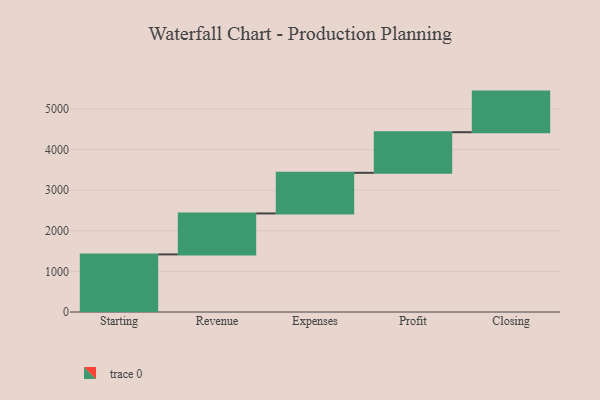
{"axis": {"x": "Step", "y": "Value"}, "legend": [""], "data": [{"x": "Starting", "y": 1418.0, "type": ""}, {"x": "Revenue", "y": 1009.0, "type": ""}, {"x": "Expenses", "y": 1000, "type": ""}, {"x": "Profit", "y": 1000, "type": ""}, {"x": "Closing", "y": 1000, "type": ""}]}